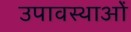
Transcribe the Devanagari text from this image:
उपावस्थाओं